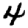
Digit: 4